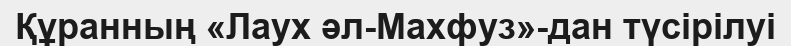
Құранның «Лаух әл-Махфуз»-дан түсірілуі